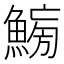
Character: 𱆸